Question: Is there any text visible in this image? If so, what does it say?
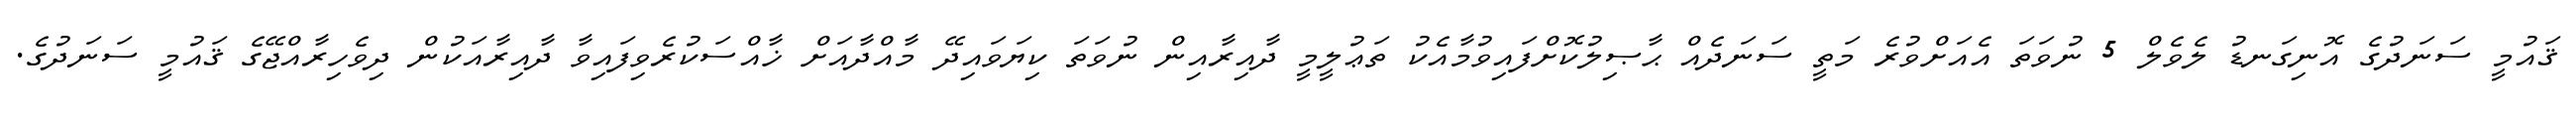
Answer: ޤައުމީ ސަނަދުގެ އޮނިގަނޑު ލެވެލް 5 ނުވަތަ އެއަށްވުރެ މަތީ ސަނަދެއް ޙާޞިލުކޮށްފައިވުމާއެކު ތަޢުލީމީ ދާއިރާއިން ނުވަތަ ކިޔަވައިދޭ މާއްދާއަށް ޚާއްސަކުރެވިފައިވާ ދާއިރާއަކުން ދިވެހިރާއްޖޭގެ ޤައުމީ ސަނަދުގެ.